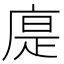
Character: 𢉴